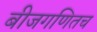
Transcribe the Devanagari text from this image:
बीजगणितच